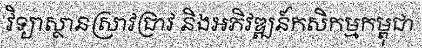
វិទ្យាស្ថានស្រាវជ្រាវ និងអភិវឌ្ឍន៍កសិកម្មកម្ពុជា